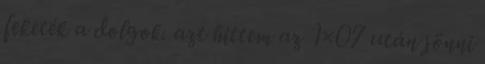
feketék a dolgok. azt hittem az 1×07 után jönni